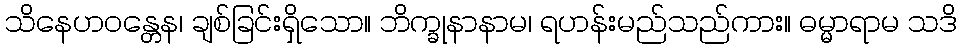
သိနေဟဝန္တေန၊ ချစ်ခြင်းရှိသော။ ဘိက္ခုနာနာမ၊ ရဟန်းမည်သည်ကား။ ဓမ္မာရာမ သဒိ